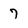
Character: 7